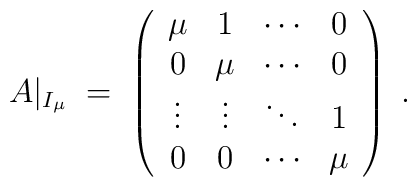
A|_{I_\mu} \;=\; \left( \begin{array}{cccc} \mu & 1 & \cdots & 0 \\0 & \mu & \cdots & 0 \\ \vdots & \vdots & \ddots & 1 \\ 0 & 0 & \cdots & \mu \end{array} \right) \;.